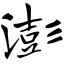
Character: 澎